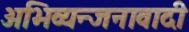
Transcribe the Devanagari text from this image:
अभिव्यन्जनावादी